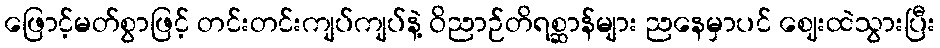
ဖြောင့်မတ်စွာဖြင့် တင်းတင်းကျပ်ကျပ်နဲ့ ဝိညာဉ်တိရစ္ဆာန်များ ညနေမှာပင် ဈေးထဲသွားပြီး